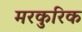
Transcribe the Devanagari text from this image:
मरकुरिक